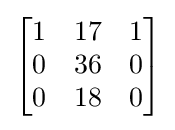
{\begin{bmatrix}1&17&1\\0&36&0\\0&18&0\end{bmatrix}}